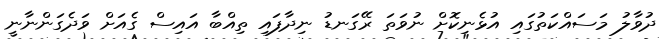
ދުވާލު މަސައްކަތުގައި އުޅެނިކޮށް ނުވަތަ ރޭގަނޑު ނިދާފައި ތިއްބާ އައިސް ގެއަށް ވަދެގަންނާނީ